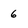
Character: 6